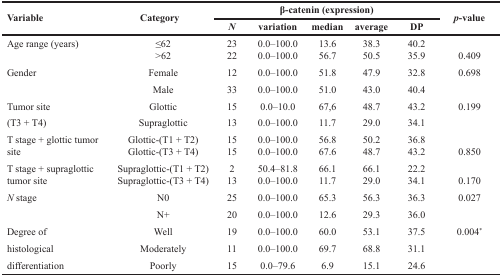
<table><thead><tr><td rowspan="2"><b>Variable</b></td><td rowspan="2"><b>Category</b></td><td colspan="5"><b>β-catenin (expression)</b></td><td rowspan="2"><b><i>p</i>-value</b></td></tr><tr><td><b><i>N</i></b></td><td><b>variation</b></td><td><b>median</b></td><td><b>average</b></td><td><b>DP</b></td></tr></thead><tbody><tr><td>Age range (years)</td><td>≤62&gt;62</td><td>2322</td><td>0.0–100.00.0–100.0</td><td>13.656.7</td><td>38.350.5</td><td>40.235.9</td><td>0.409</td></tr><tr><td>Gender</td><td>Female</td><td>12</td><td>0.0–100.0</td><td>51.8</td><td>47.9</td><td>32.8</td><td>0.698</td></tr><tr><td></td><td>Male</td><td>33</td><td>0.0–100.0</td><td>51.0</td><td>43.0</td><td>40.4</td><td></td></tr><tr><td>Tumor site</td><td>Glottic</td><td>15</td><td>0.0–10.0</td><td>67,6</td><td>48.7</td><td>43.2</td><td>0.199</td></tr><tr><td>(T3 + T4)</td><td>Supraglottic</td><td>13</td><td>0.0–100.0</td><td>11.7</td><td>29.0</td><td>34.1</td><td></td></tr><tr><td>T stage + glottic tumor site</td><td>Glottic-(T1 + T2)Glottic-(T3 + T4)</td><td>1515</td><td>0.0–100.00.0–100.0</td><td>56.867.6</td><td>50.248.7</td><td>36.843.2</td><td>0.850</td></tr><tr><td>T stage + supraglottic tumor site</td><td>Supraglottic-(T1 + T2)Supraglottic-(T3 + T4)</td><td>213</td><td>50.4–81.80.0–100.0</td><td>66.111.7</td><td>66.129.0</td><td>22.234.1</td><td>0.170</td></tr><tr><td><i>N</i> stage</td><td>N0</td><td>25</td><td>0.0–100.0</td><td>65.3</td><td>56.3</td><td>36.3</td><td>0.027</td></tr><tr><td></td><td>N+</td><td>20</td><td>0.0–100.0</td><td>12.6</td><td>29.3</td><td>36.0</td><td></td></tr><tr><td>Degree of</td><td>Well</td><td>19</td><td>0.0–100.0</td><td>60.0</td><td>53.1</td><td>37.5</td><td>0.004<sup>*</sup></td></tr><tr><td>histological</td><td>Moderately</td><td>11</td><td>0.0–100.0</td><td>69.7</td><td>68.8</td><td>31.1</td><td></td></tr><tr><td>differentiation</td><td>Poorly</td><td>15</td><td>0.0–79.6</td><td>6.9</td><td>15.1</td><td>24.6</td><td></td></tr></tbody></table>